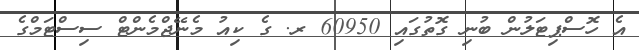
އެ ހޮސްޕިޓަލުން ބުނި ގޮތުގައި 60950 ރ. ގެ ކިއު މެނޭޖްމެންޓް ސިސްޓަމްގެ